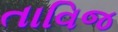
તાવિજ